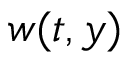
w ( t , y )